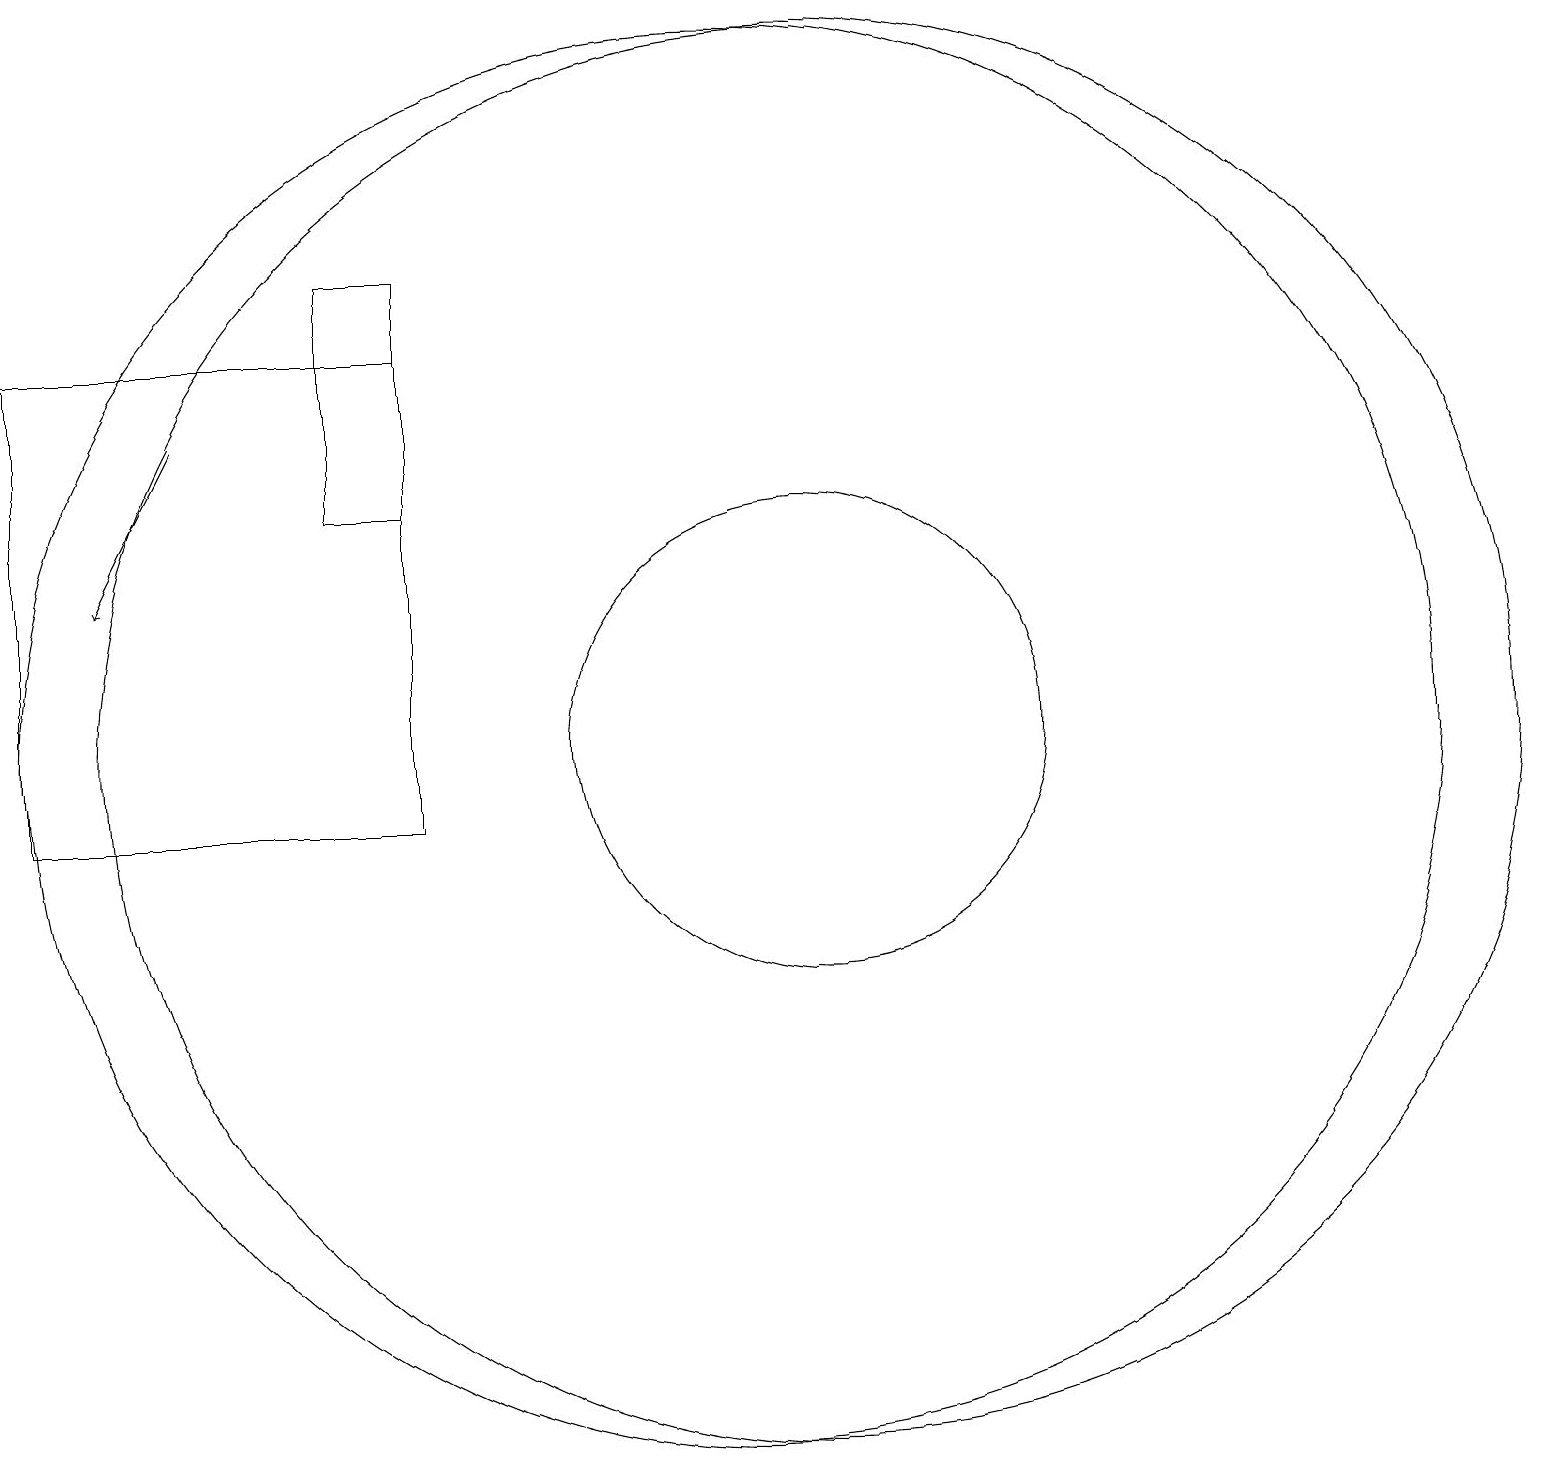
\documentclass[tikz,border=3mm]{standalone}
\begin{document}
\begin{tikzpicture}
\draw[->] (3,16) -- (2,14);
\draw (6,17) rectangle (1,11);
\draw (5,15) rectangle (6,18);
\draw (11,12) circle (9);
\draw (10,12) circle (9);
\draw (11,12) circle (3);
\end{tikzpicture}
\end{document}